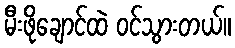
မီးဖိုချောင်ထဲ ဝင်သွားတယ်။